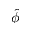
\hat { \phi }